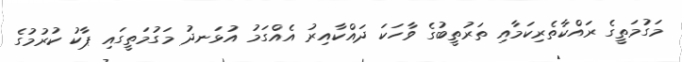
މަގުމަތީގެ ރައްކާތެރިކަމާއި ތަރުތީބުގެ ވާހަކަ ދައްކާއިރު އެއްގަމު އުޅަނދު މަގުމަތީގައި ޕާކު ކުރުމުގެ